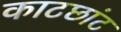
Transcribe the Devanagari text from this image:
काटछांट